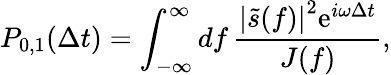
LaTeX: P_{0,1}(\Delta t)=\int_{-\infty}^{\infty}\mathop{df}\frac{\left|\tilde{s}(f)\right|^{2}\mathrm{e}^{i\omega\Delta t}}{J(f)},